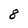
Character: 8